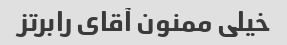
خیلی ممنون آقای رابرتز